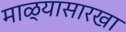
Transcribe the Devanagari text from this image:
माळ्यासारखा